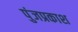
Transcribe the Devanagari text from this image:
पुंजप्रकाश